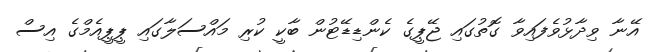
އޭނާ ވިދާޅުވެފައިވާ ގޮތުގައި ޖޭޕީގެ ކެންޑިޑޭޓުން ބާކީ ކުރި މައްސަލާގައި ޕީޕީއެމްގެ އިސް